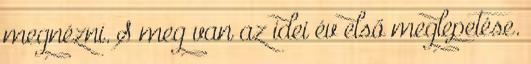
megnézni. S meg van az idei év első meglepetése.